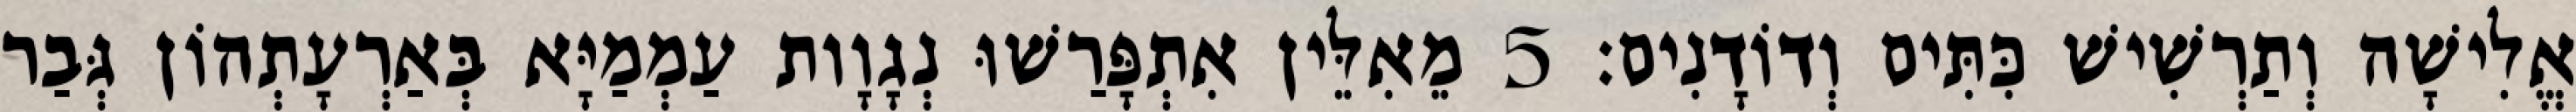
אֱלִישָׁה וְתַרְשִׁישׁ כִּתִּים וְדוֹדָנִים׃ 5 מֵאִלֵּין אִתְפָּרַשׁוּ נְגָוָות עַמְמַיָּא בְּאַרְעָתְהוֹן גְּבַר